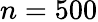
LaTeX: n=500